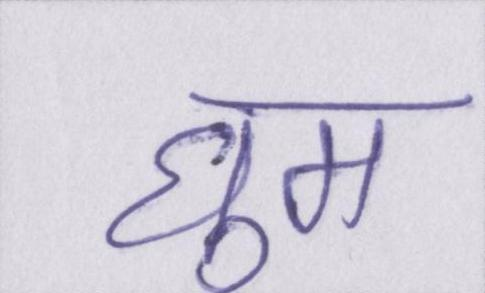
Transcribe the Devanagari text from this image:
घुम